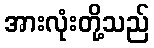
အားလုံးတို့သည်